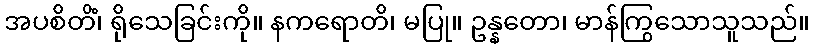
အပစိတိံ၊ ရိုသေခြင်းကို။ နကရောတိ၊ မပြု။ ဥန္နတော၊ မာန်ကြွသောသူသည်။